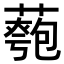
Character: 𦾀